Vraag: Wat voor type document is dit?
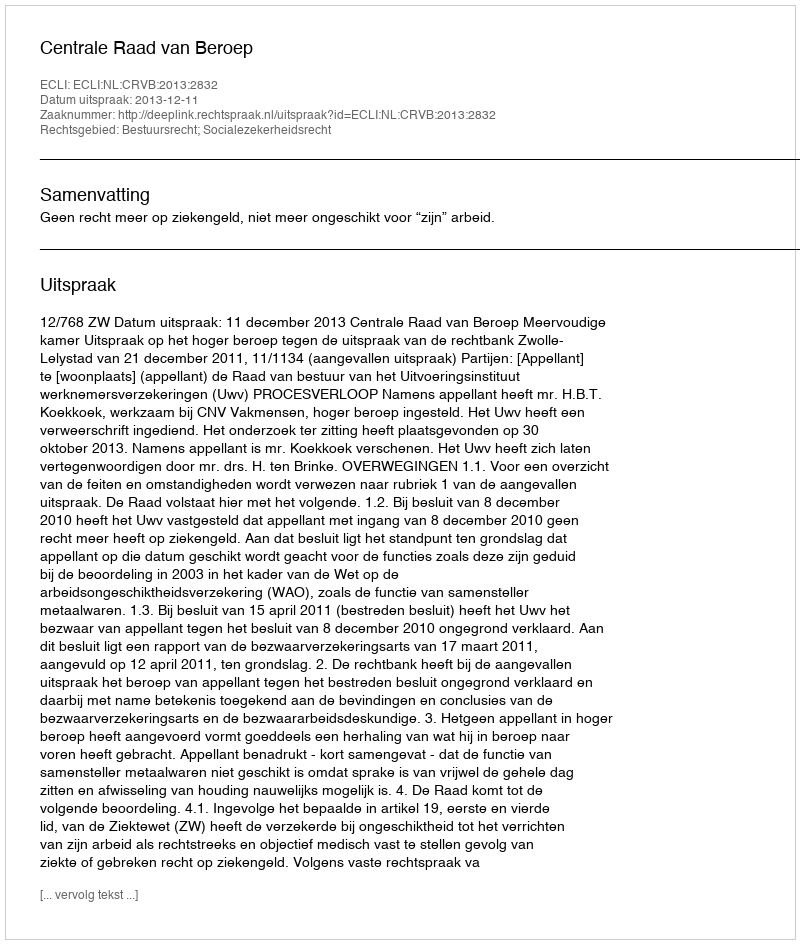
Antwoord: Uitspraak